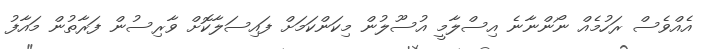
އެއްވެސް ރަހުމެއް ނޯންނާނެ އިސްލާމީ އުސޫލުން މިކަންކަމަށް ފައިސަލާކޮށް ވާރިސުން ފަރާތުން މައާފު